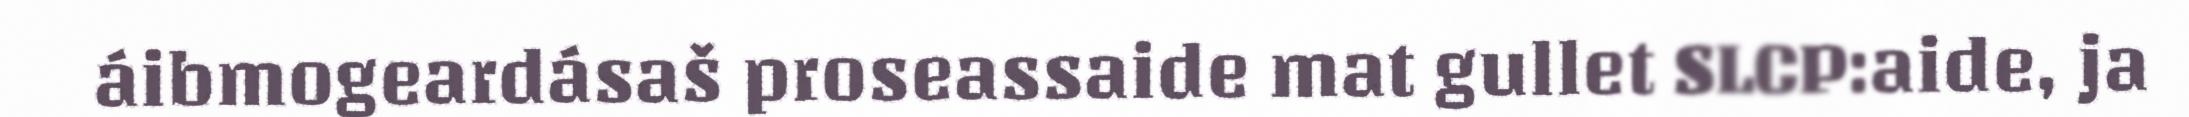
áibmogeardásaš proseassaide mat gullet SLCP:aide, ja